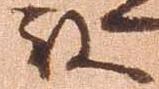
殿